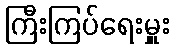
ကြီးကြပ်ရေးမှူး